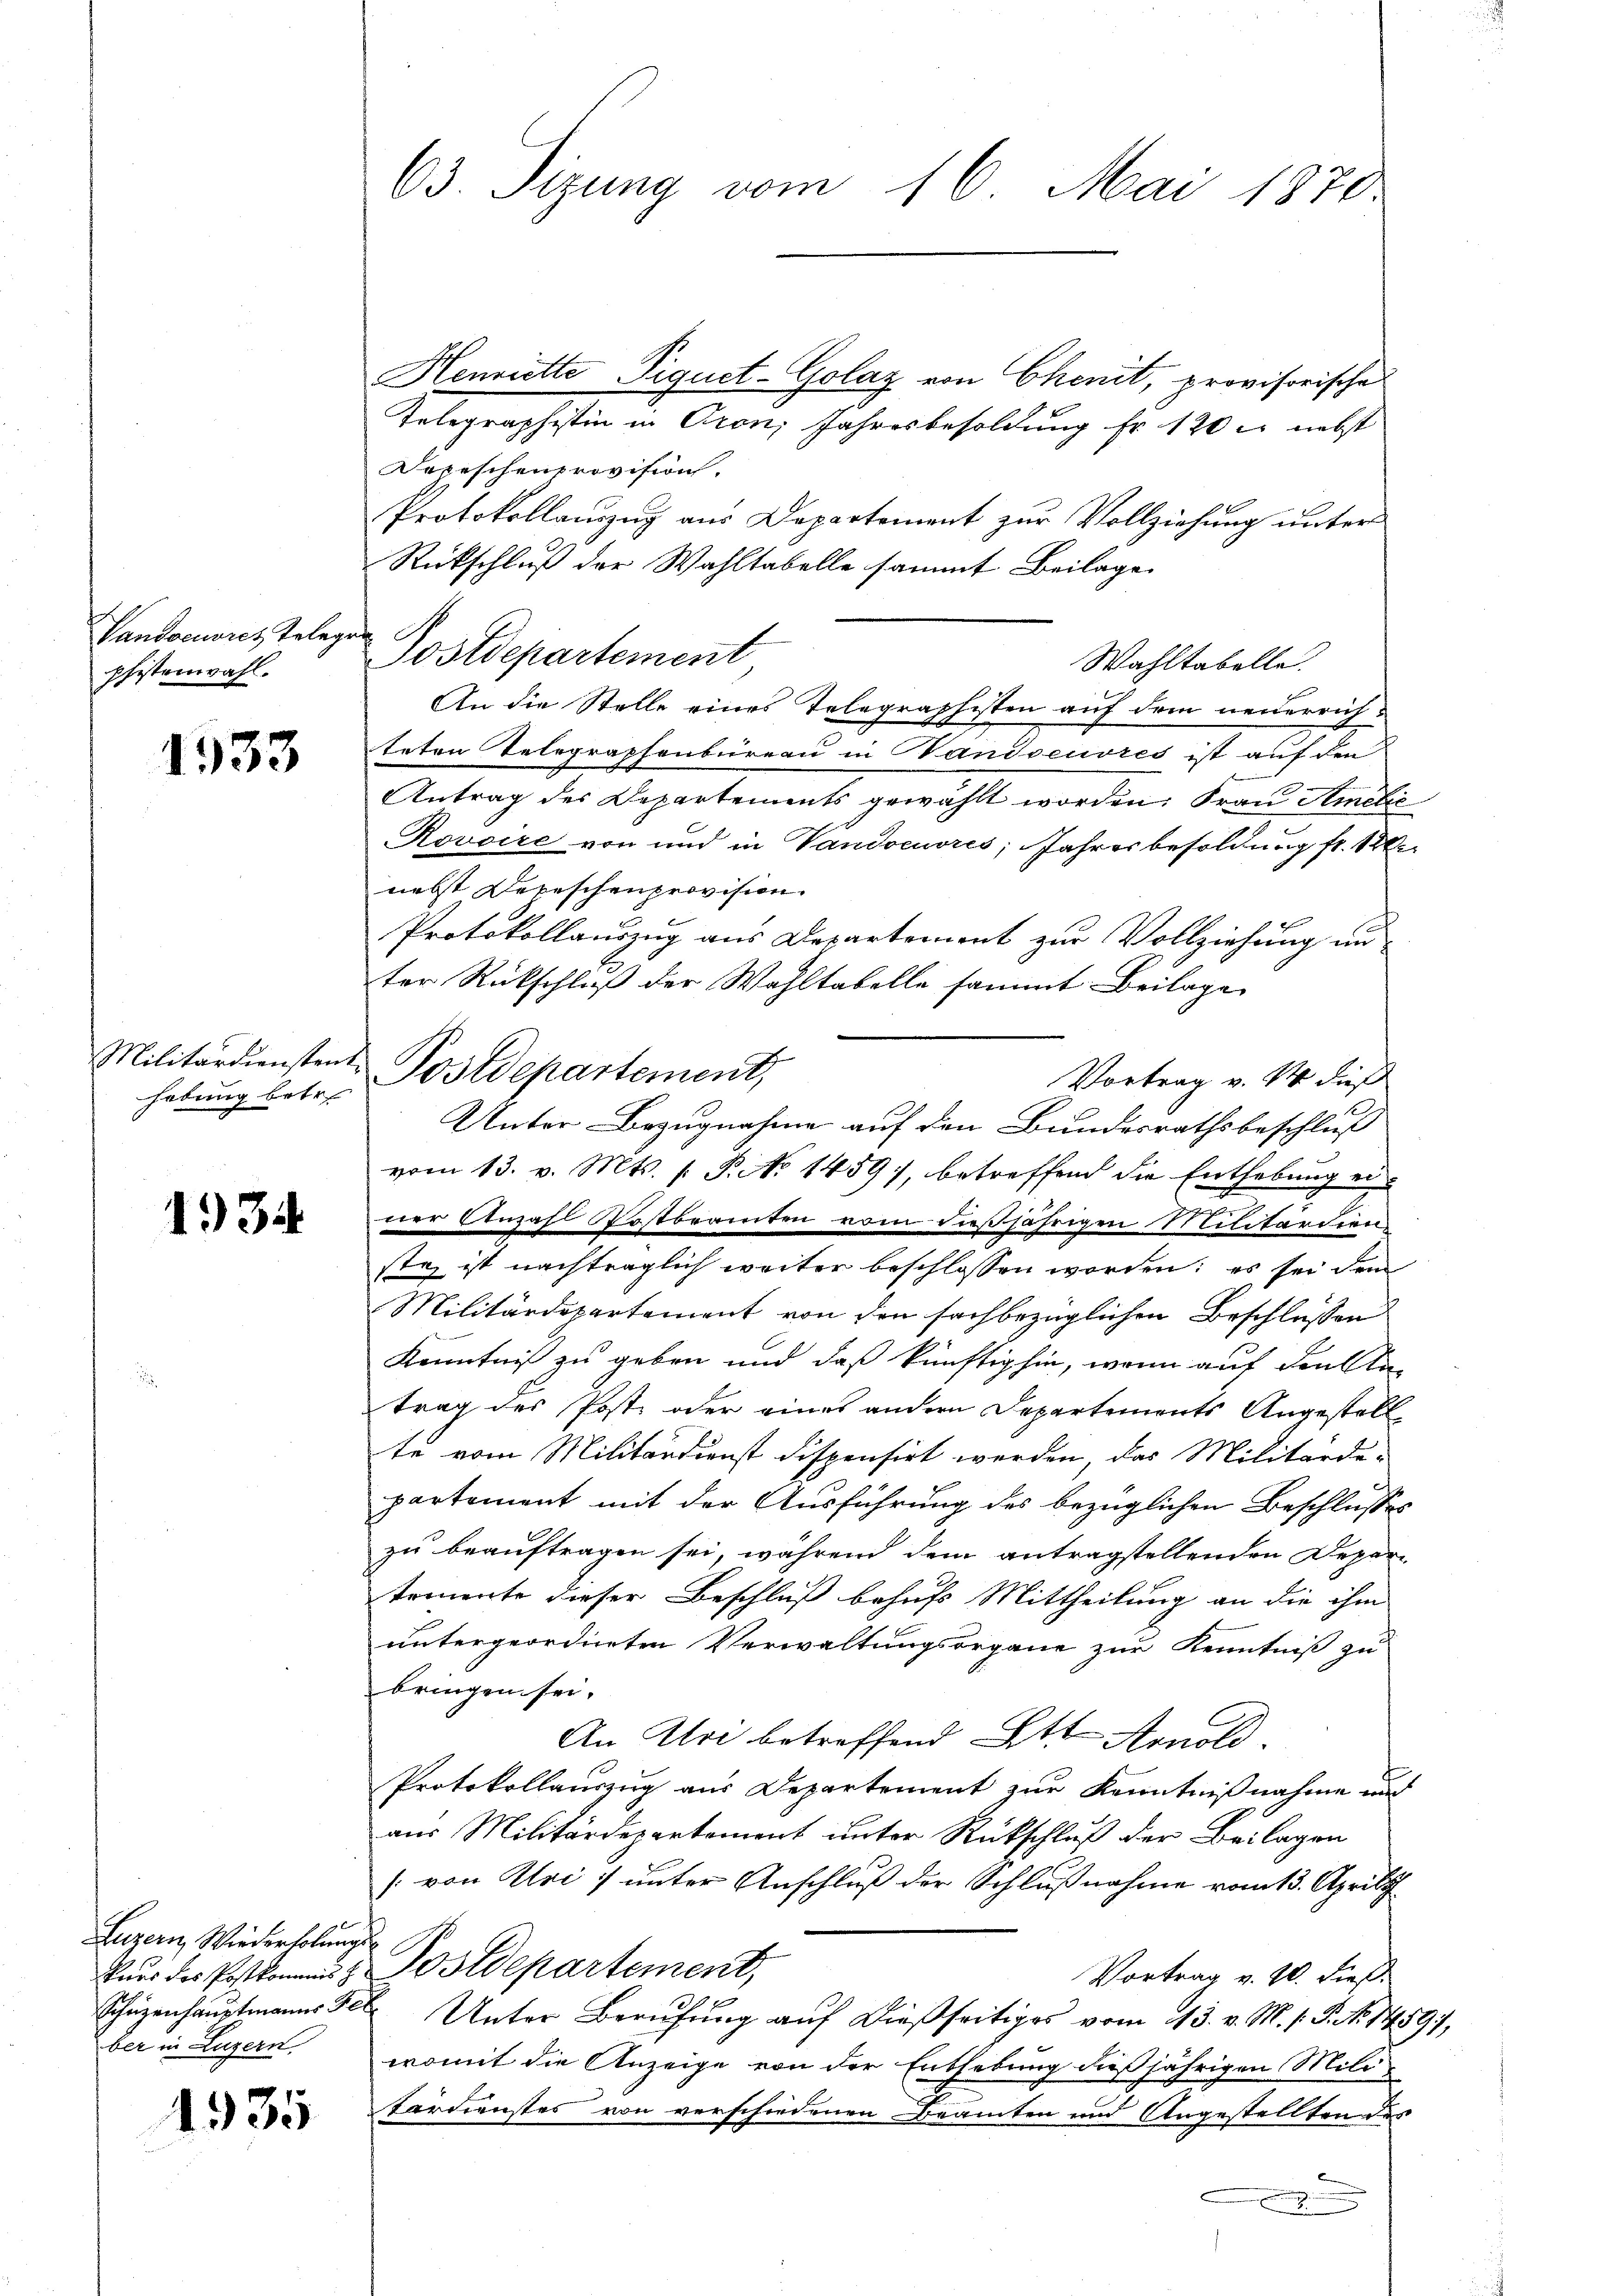
Vandocuvres belegen
pfistenwahl.

1933

Militärdienstent
habung betre

1934

Luzern, Wiederholungs
ber in Luzern.

1935

63. Sizung vom 16. Mai 1870.

Henriette Piquet-Golaz von Chenit, provisorische
Telegraphistin in Cron, Jahresbesoldung fr. 120 l. nebst
Derischenprovision.
Protokollauszug aus Departement zur Vollziehung unter
Rückschluß der Wahltabelle sammt Beilage
Postdepartement
Wahltabelle.
An die Stelle eines Telegraphisten auf dem neuerrich¬
2
teten Telegraphenbureau in Wandoeuvres ist auf den
Antrag des Departements gewählt worden. Frau Amilie
Rovoire von und in Vandoeuvres, Jahresbesoldung fr. 12
nebst Depeschenprovision.
Protokollauszug aus Departement zur Vollziehung un
ter Rückschluß der Wahltabelle sammt Beilage
Postdepartement,
Vortrag v. 14 dieß
Unter-Bezugnahme auf den Bundesrathsbeschluß
vom 13. v. Mts. 1. Pato 1459), betreffend die Enthebung eid
ner Anzahl Postbramten vom dießjährigen Militärdien
stag ist nachträglich weiter beschlossen worden; es sei dem
Militärdepartement von den sachbezüglichen Beschlüssen
Kenntniß zu geben und daß künftighin, wenn auf den li
trag des Post oder eines andern Departements Angestell
te vom Militärdienst dispensirt werden, das Militärde-
partement mit der Ausführung des bezüglichen Beschlusses
zu beauftragen sei, während dem antragstellenden Departemente dieser Beschluß behufs Mittheilung an die ihm
untergeordneten Verwaltungsorgane zur Kenntniß zu
bringen sei.
An Uri betreffend Ott. Arnold
Protokollauszug aus Departement zur Kenntnißnahme und
aus Militärdepartement unter Rückschluß der Beilagen
[von Uri unter Anschluß der Schlußnahme vom 13. Aprill
kurs des Postkammes z. Postdepartement,
Vortrag v. 20. dieß.
Schüzenhauptmanns des Unter Berufung auf dießseitiges vom 13. v. M. s. S. Nr. 14891,
womit die Anzeige von der Enthebung dießjährigen Militärdienstes von verschiedenen Beamten und Angestellten des